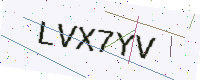
Text: LVX7YV